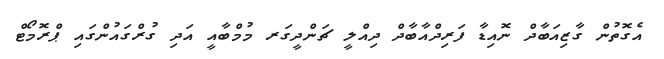
އެގޮތުން ގާޒިއަބާދް ނޮއިޑާ ފަރިދްއާބާދް ދިއްލީ ޗަންދީގަރ މުމްބާއީ އަދި ގުރްގައުންގައި ޕްރޮމޯޓް